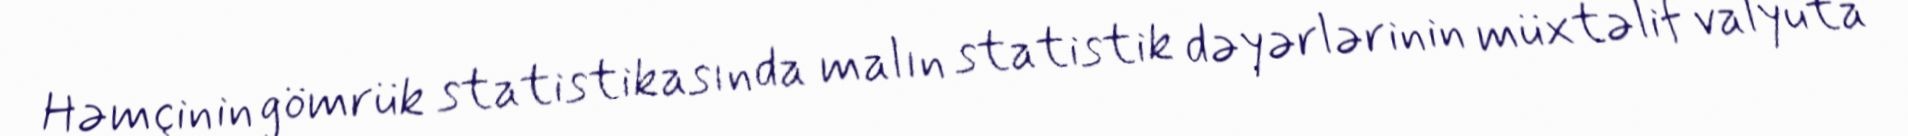
Həmçinin gömrük statistikasında malın statistik dəyərlərinin müxtəlif valyuta